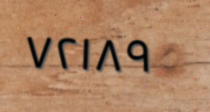
٧٢١٨٩